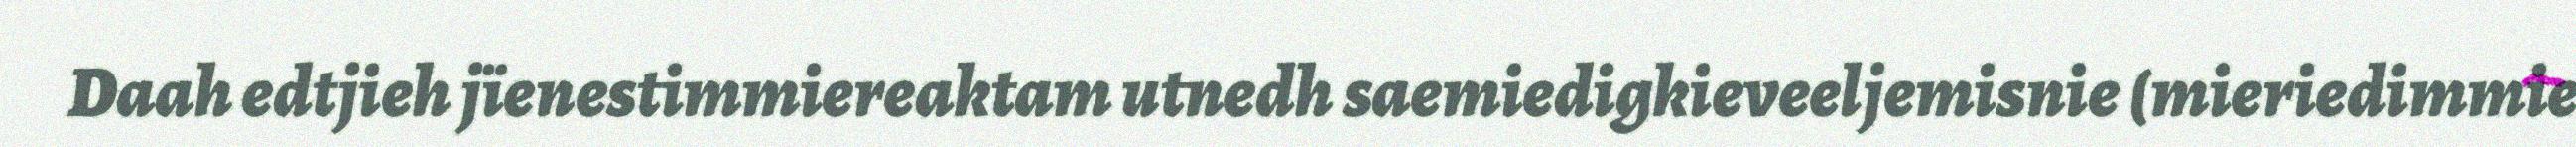
Daah edtjieh jïenestimmiereaktam utnedh saemiedigkieveeljemisnie (mieriedimmie